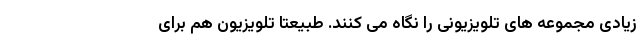
زیادی مجموعه های تلویزیونی را نگاه می کنند. طبیعتا تلویزیون هم برای